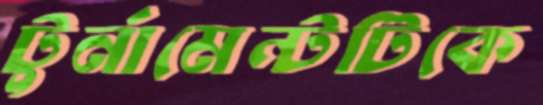
টুর্নামেন্টটিকে